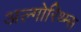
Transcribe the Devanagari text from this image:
अल्गोरिथ्म्स